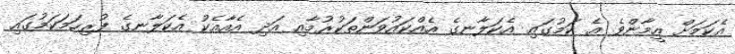
އެކަމަށް އީމާންވެ އެ ކަމުގައި އެކަލާނގެ އެއްކައުވަންތަކުރުމާއި އަދި އެއާއެކު އެކަލާނގެ ފުރިހަމަކަމުގައި